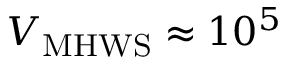
\ensuremath { V _ { \mathrm { M H W S } } } \approx 1 0 ^ { 5 }